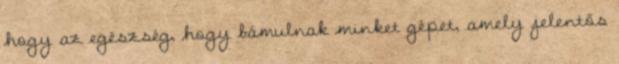
hogy az egészség, hogy bámulnak minket gépet, amely jelentős